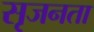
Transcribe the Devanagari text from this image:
सृजनता